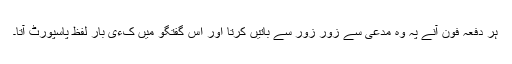
ہر دفعہ فون آنے پہ وہ مدعی سے زور زور سے باتیں کرتا اور اس گفتگو میں کءی بار لفظ پاسپورٹ آتا۔